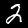
Label: 2